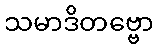
သမာဒိတဗ္ဗော